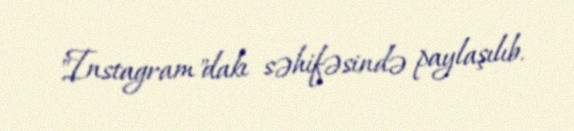
"Instagram"dakı səhifəsində paylaşılıb.